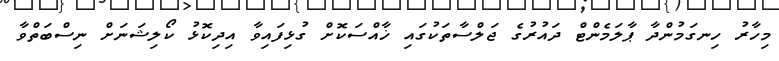
މިހާރު ހިނގަމުންދާ ޕާލަމެންޓް ދައުރުގެ ޖަލްސާތަކުގައި ޚާއްސަކޮށް ގުޅިފައިވާ އިދިކޮޅު ކޯލިޝަނަށް ނިސްބަތްވާ